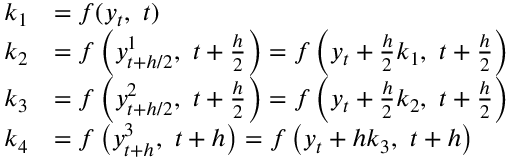
{ \begin{array} { r l } { k _ { 1 } } & { = f ( y _ { t } , \ t ) } \\ { k _ { 2 } } & { = f \left( y _ { t + h / 2 } ^ { 1 } , \ t + { \frac { h } { 2 } } \right) = f \left( y _ { t } + { \frac { h } { 2 } } k _ { 1 } , \ t + { \frac { h } { 2 } } \right) } \\ { k _ { 3 } } & { = f \left( y _ { t + h / 2 } ^ { 2 } , \ t + { \frac { h } { 2 } } \right) = f \left( y _ { t } + { \frac { h } { 2 } } k _ { 2 } , \ t + { \frac { h } { 2 } } \right) } \\ { k _ { 4 } } & { = f \left( y _ { t + h } ^ { 3 } , \ t + h \right) = f \left( y _ { t } + h k _ { 3 } , \ t + h \right) } \end{array} }